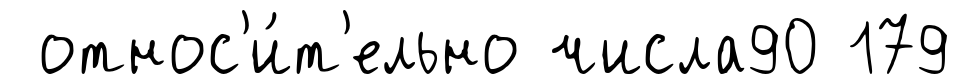
относ'и́т'ельно числа90 179